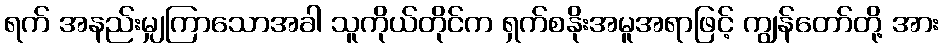
ရက် အနည်းမျှကြာသောအခါ သူကိုယ်တိုင်က ရှက်စနိုးအမူအရာဖြင့် ကျွန်တော်တို့ အား